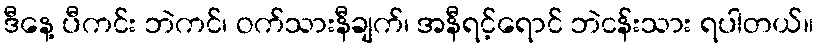
ဒီနေ့ ပီကင်း ဘဲကင်၊ ဝက်သားနီချက်၊ အနီရင့်ရောင် ဘဲငန်းသား ရပါတယ်။